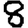
Digit: 8